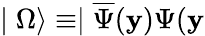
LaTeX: \mid\Omega\rangle\equiv\mid\overline{{{\Psi}}}(\mathbf{y})\Psi(\mathbf{y}